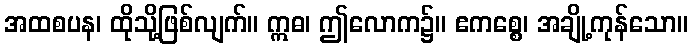
အထစပန၊ ထိုသို့ဖြစ်လျက်။ ဣဓ၊ ဤလောက၌။ ဧကစ္စေ၊ အချို့ကုန်သော။